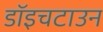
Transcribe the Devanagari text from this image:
डॉइचटाउन